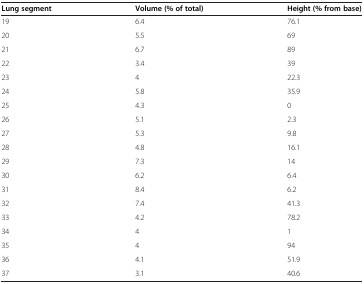
| Lung segment | Volume (% of total) | Height (% from base) |
 | --- | --- | --- |
 | 19 | 6.4 | 76.1 |
 | 20 | 5.5 | 69 |
 | 21 | 6.7 | 89 |
 | 22 | 3.4 | 39 |
 | 23 | 4 | 22.3 |
 | 24 | 5.8 | 35.9 |
 | 25 | 4.3 | 0 |
 | 26 | 5.1 | 2.3 |
 | 27 | 5.3 | 9.8 |
 | 28 | 4.8 | 16.1 |
 | 29 | 7.3 | 14 |
 | 30 | 6.2 | 6.4 |
 | 31 | 8.4 | 6.2 |
 | 32 | 7.4 | 41.3 |
 | 33 | 4.2 | 78.2 |
 | 34 | 4 | 1 |
 | 35 | 4 | 94 |
 | 36 | 4.1 | 51.9 |
 | 37 | 3.1 | 40.6 |